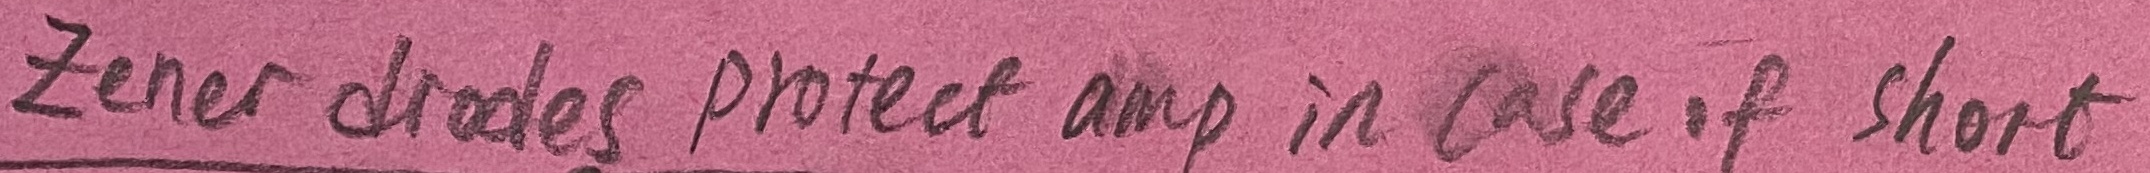
Text: zener diodes protect amp in case of short